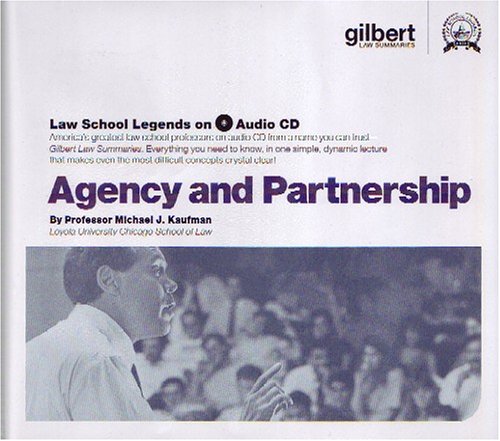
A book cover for Agency and Partnership (Law School Legends Audio Series); Michael Kaufman; Law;